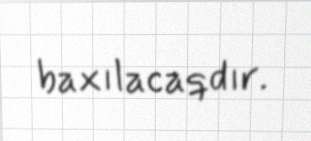
baxılacaqdır.